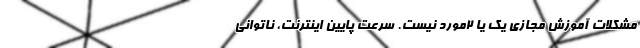
مشکلات آموزش مجازی یک یا 2مورد نیست. سرعت پایین اینترنت، ناتوانی